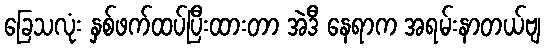
ခြေသလုံး နှစ်ဖက်ထပ်ပြီးထားတာ အဲဒီ နေရာက အရမ်းနာတယ်ဗျ